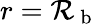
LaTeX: r=\mathcal{R}_{\mathrm{{~b~}}}